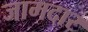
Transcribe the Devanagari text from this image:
जामदार